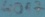
Text: 40A7